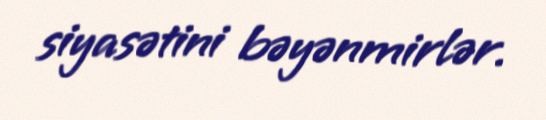
siyasətini bəyənmirlər.